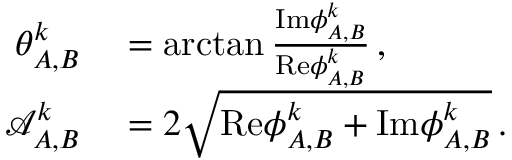
\begin{array} { r l } { \theta _ { A , B } ^ { k } } & { { } = \arctan \frac { \mathrm { I m } { \phi } _ { A , B } ^ { k } } { \mathrm { R e } { \phi } _ { A , B } ^ { k } } \, , } \\ { \mathcal { A } _ { A , B } ^ { k } } & { { } = 2 \sqrt { \mathrm { R e } { \phi } _ { A , B } ^ { k } + \mathrm { I m } { \phi } _ { A , B } ^ { k } } \, . } \end{array}